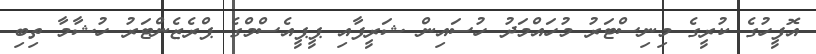
އޮފީހުގެ ކުރީގެ މިނިސްޓަރު މުހައްމަދު ހުސައިން ޝަރީފާއި ޕީޕީއެސްމްގެ ޕްރެޒެންޓަރު ހުޝާމާ ތިބި